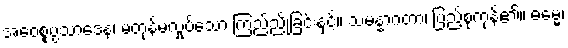
အဝေစ္စပ္ပသာဒေန၊ မတုန်မလှုပ်သော ကြည်ညိုခြင်းနှင့်။ သမန္နာဂတာ၊ ပြည့်စုံကုန်၏။ ဓမ္မေ၊